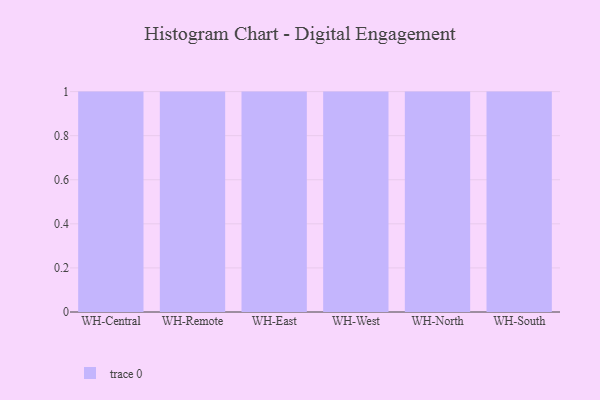
{"axis": {"x": "Warehouse", "y": "Production Output"}, "legend": [""], "data": [{"x": "WH-Central", "y": 87, "type": ""}, {"x": "WH-Remote", "y": 43, "type": ""}, {"x": "WH-East", "y": 22, "type": ""}, {"x": "WH-West", "y": 57, "type": ""}, {"x": "WH-North", "y": 4, "type": ""}, {"x": "WH-South", "y": 4, "type": ""}]}